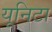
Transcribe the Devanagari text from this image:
यूनिटा